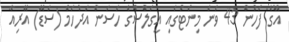
އޭގެ ފަހުން 43 ވަނަ މިނެޓުގައި އީގަލްސްގެ ހަސަން އަދުހަމް (ސަޑޭ) އޭރިއާ